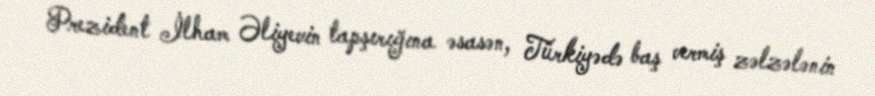
Prezident İlham Əliyevin tapşırığına əsasən, Türkiyədə baş vermiş zəlzələnin